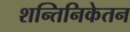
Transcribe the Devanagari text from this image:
शन्तिनिकेतन